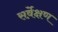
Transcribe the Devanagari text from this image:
सर्वे़क्षण